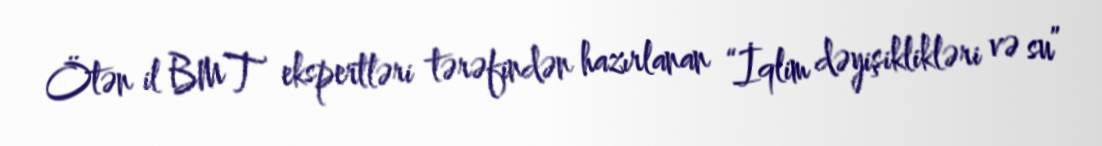
Ötən il BMT ekspertləri tərəfindən hazırlanan “İqlim dəyişiklikləri və su”